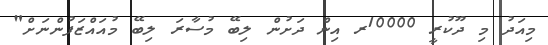
މިއަދު މި ދޫކުރީ 10000ރ އިން ދަށުން ލިބޭ މުސާރަ ލިބޭ މުއައްޒަފުންނަށް"